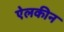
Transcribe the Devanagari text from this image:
ऐलकीन